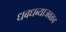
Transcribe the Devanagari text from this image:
धबधब्याजवळच